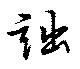
詘